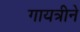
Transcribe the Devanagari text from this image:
गायत्रीने